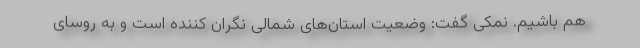
هم باشیم. نمکی گفت: وضعیت استان‌های شمالی نگران کننده است و به روسای